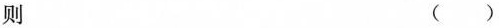
则 ()